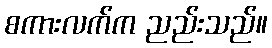
စကားလက်က ညည်းသည်။